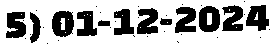
5) 01-12-2024